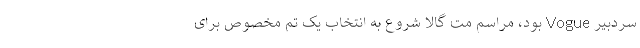
سردبیر Vogue بود، مراسم مت گالا شروع به انتخاب یک تِم مخصوص برای